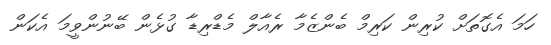
ހަމަ އެގޮތަށް ކުރިން ކަރިމް ބެންޒެމާ ރެއާލް މެޑްރިޑާ ގުޅެން ބޭނުންވީމަ އެކަން